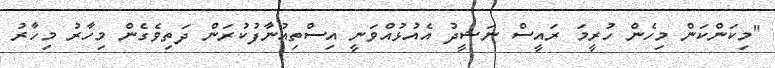
"މިކަންކަން މިހެން ހުރީމަ ރައީސް ނަޝީދު އެއުޅުއްވަނީ އިސްތިއުނާފުކުރަން ދަތިވެގެން މިހާރު މިހާރު